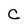
Character: C